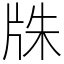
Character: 㸡